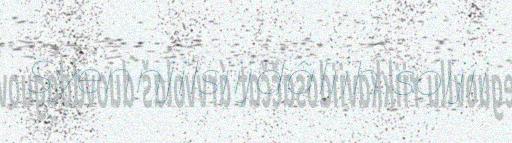
Syennjilsiijdâliih soijii